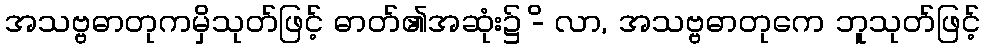
အသဗ္ဗဓာတုကမှိသုတ်ဖြင့် ဓာတ်၏အဆုံး၌ -ိ လာ, အသဗ္ဗဓာတုကေ ဘူသုတ်ဖြင့်